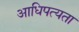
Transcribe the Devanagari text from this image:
आधिपत्यता